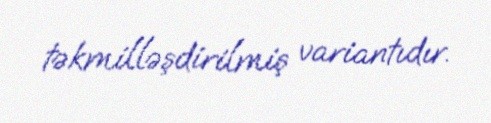
təkmilləşdirilmiş variantıdır.